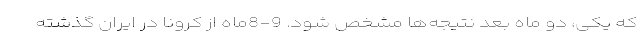
که یکی، دو ماه بعد نتیجه‌ها مشخص شود. 9-8ماه از کرونا در ایران گذشته